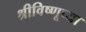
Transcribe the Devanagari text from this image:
श्रीविष्णूच्या